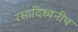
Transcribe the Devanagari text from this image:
रसादिध्वनीच